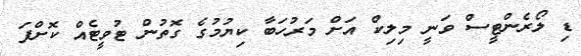
ޑި ލޯރެންޓީސް ވަނީ މިލިކް އަށް މަރުހަބާ ކިޔުމުގެ ގޮތުން ޓުވީޓެއް ކޮށްފަ